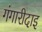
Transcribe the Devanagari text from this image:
गंगारीदाइ